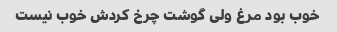
خوب بود مرغ ولی گوشت چرخ کردش خوب نیست